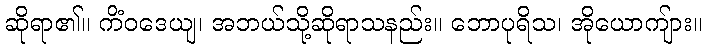
ဆိုရာ၏။ ကိံဝဒေယျ၊ အဘယ်သို့ဆိုရာသနည်း။ ဘောပုရိသ၊ အိုယောကျ်ား။